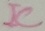
Text: IC